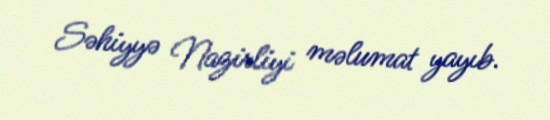
Səhiyyə Nazirliyi məlumat yayıb.